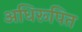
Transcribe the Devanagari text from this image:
अधिरूपित